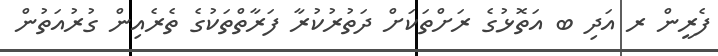
ފެރީން ރ އަދި ބ އަތޮޅުގެ ރަށްތަކަށް ދަތުރުކުރާ ފަރާތްތަކުގެ ތެރެއިން ގުރުއަތުން